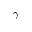
\gamma